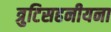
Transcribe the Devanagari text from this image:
त्रुटिसहनीयना